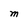
Character: M